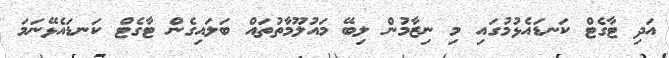
އަދި ޓާގެޓް ކަނޑައެޅުމުގައި މި ނިޒާމުން ލިބޭ މައުލޫމާތުތައް ބަލައިގެން ޓާގެޓް ކަނޑައެޅޭނަމަ